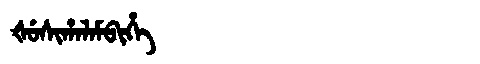
Manchu: ᡧᡠᠰᡳᡥᠠᠯᠠᠮᠪᡳᡥᡝ
Romanization: ŠUSIHALAMBIHE